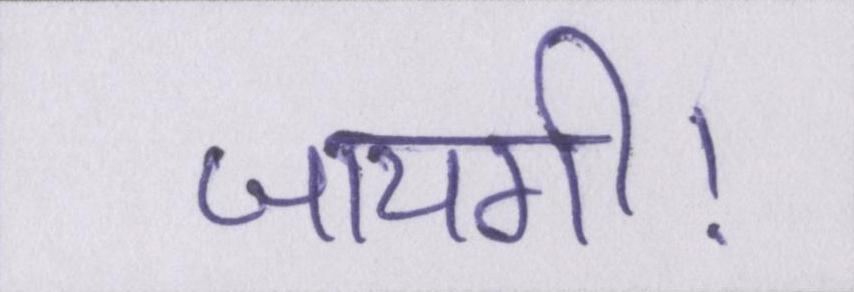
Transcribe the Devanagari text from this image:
जायगी।